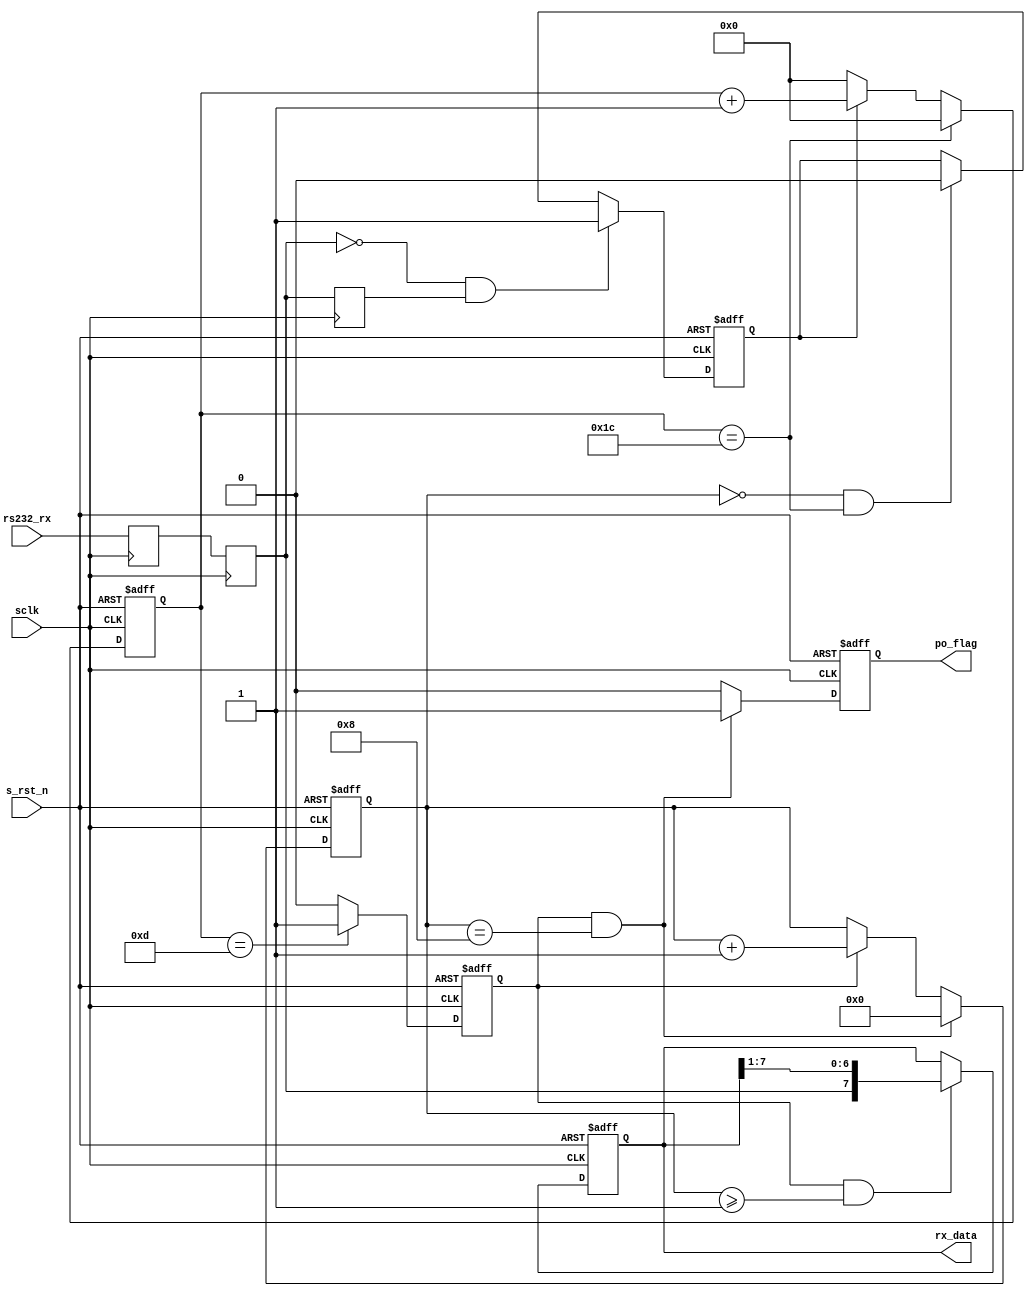
`define SIM
module uart_rx (
	//System Signals
	input				sclk,
	input				s_rst_n,
	//UART Interface
	input				rs232_rx,
	//Others
	output reg [7:0] 	rx_data,
	output reg			po_flag
);

`ifndef SIM
// localparam BAUD_END = 5207;			//9600bps
localparam BAUD_END = 433;				//115200bps
`else
localparam BAUD_END = 28;
`endif 
localparam BAUD_M = BAUD_END/2 - 1;
localparam BIT_END = 8;


//Internal Signals
reg			rx_r1;
reg			rx_r2;
reg			rx_r3;
reg			rx_flag;
reg [12:0]	baud_cnt;
reg			bit_flag;
reg [3:0]	bit_cnt;
wire 		rx_neg;	

assign rx_neg = ~rx_r2 & rx_r3;

always @(posedge sclk) begin
	rx_r1 <= rs232_rx;
	rx_r2 <= rx_r1;
	rx_r3 <= rx_r2;
end	

always @(posedge sclk or negedge s_rst_n) begin
	if (s_rst_n == 1'b0) begin
		rx_flag <= 1'b0;
	end else if(rx_neg == 1'b1) begin
		rx_flag <= 1'b1;
	end else if(bit_cnt == 'd0 && baud_cnt == BAUD_END) begin
		rx_flag <= 1'b0;
	end	
end

always @(posedge sclk or negedge s_rst_n) begin
	if (s_rst_n == 1'b0) begin
		baud_cnt <= 'd0;
	end	else if(baud_cnt == BAUD_END) begin
		baud_cnt <= 'd0;
	end else if(rx_flag == 1'b1) begin
		baud_cnt <= baud_cnt + 1'b1;
	end else
		baud_cnt <= 'd0;
end

always @(posedge sclk or negedge s_rst_n) begin
	if (s_rst_n == 1'b0) begin
		bit_flag <= 1'b0;
	end else if(baud_cnt == BAUD_M) begin
		bit_flag <= 1'b1;
	end	else
		bit_flag <= 1'b0;
end

always @(posedge sclk or negedge s_rst_n) begin
	if (s_rst_n == 1'b0) begin
		bit_cnt <= 'b0;
	end	else if(bit_flag == 1'b1 && bit_cnt == BIT_END) begin
		bit_cnt <= 'b0;
	end else if(bit_flag == 1'b1) begin
		bit_cnt <= bit_cnt + 1;
	end
end

always @(posedge sclk or negedge s_rst_n) begin
	if (s_rst_n == 1'b0) begin
		rx_data <= 'b0;
	end else if(bit_flag == 1'b1 && bit_cnt >= 'd1) begin
		rx_data <= {rx_r2, rx_data[7:1]};
	end
end	

always @(posedge sclk or negedge s_rst_n) begin
	if(s_rst_n == 1'b0) begin
		po_flag <= 1'b0;
	end	else if(bit_cnt == BIT_END && bit_flag == 1'b1) begin
		po_flag <= 1'b1;
	end	else 
		po_flag <= 1'b0;
end	

endmodule